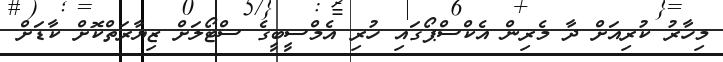
މިހާރު ކުރިއަށް ދާ މެރިން އެކްސްޕޯގައި ހުރި އެމްސީބީގެ ސްޓޯލަށް ޒިޔާރަތްކޮށް ކާޑަށް